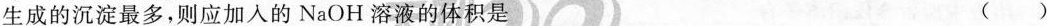
生成的沉淀最多，则应加入的NaOH溶液的体积是（）